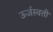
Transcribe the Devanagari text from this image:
ऊर्जस्वती